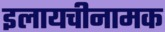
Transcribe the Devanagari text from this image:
इलायचीनामक